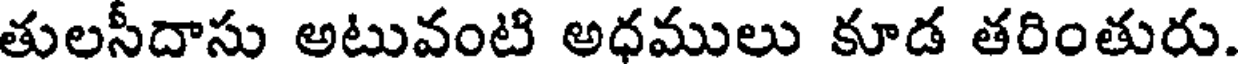
తులసీదాసు అటువంటి అధములు కూడ తరింతురు.